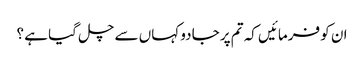
ان کو فرمائیں کہ تم پر جادو کہاں سے چل گیا ہے ؟